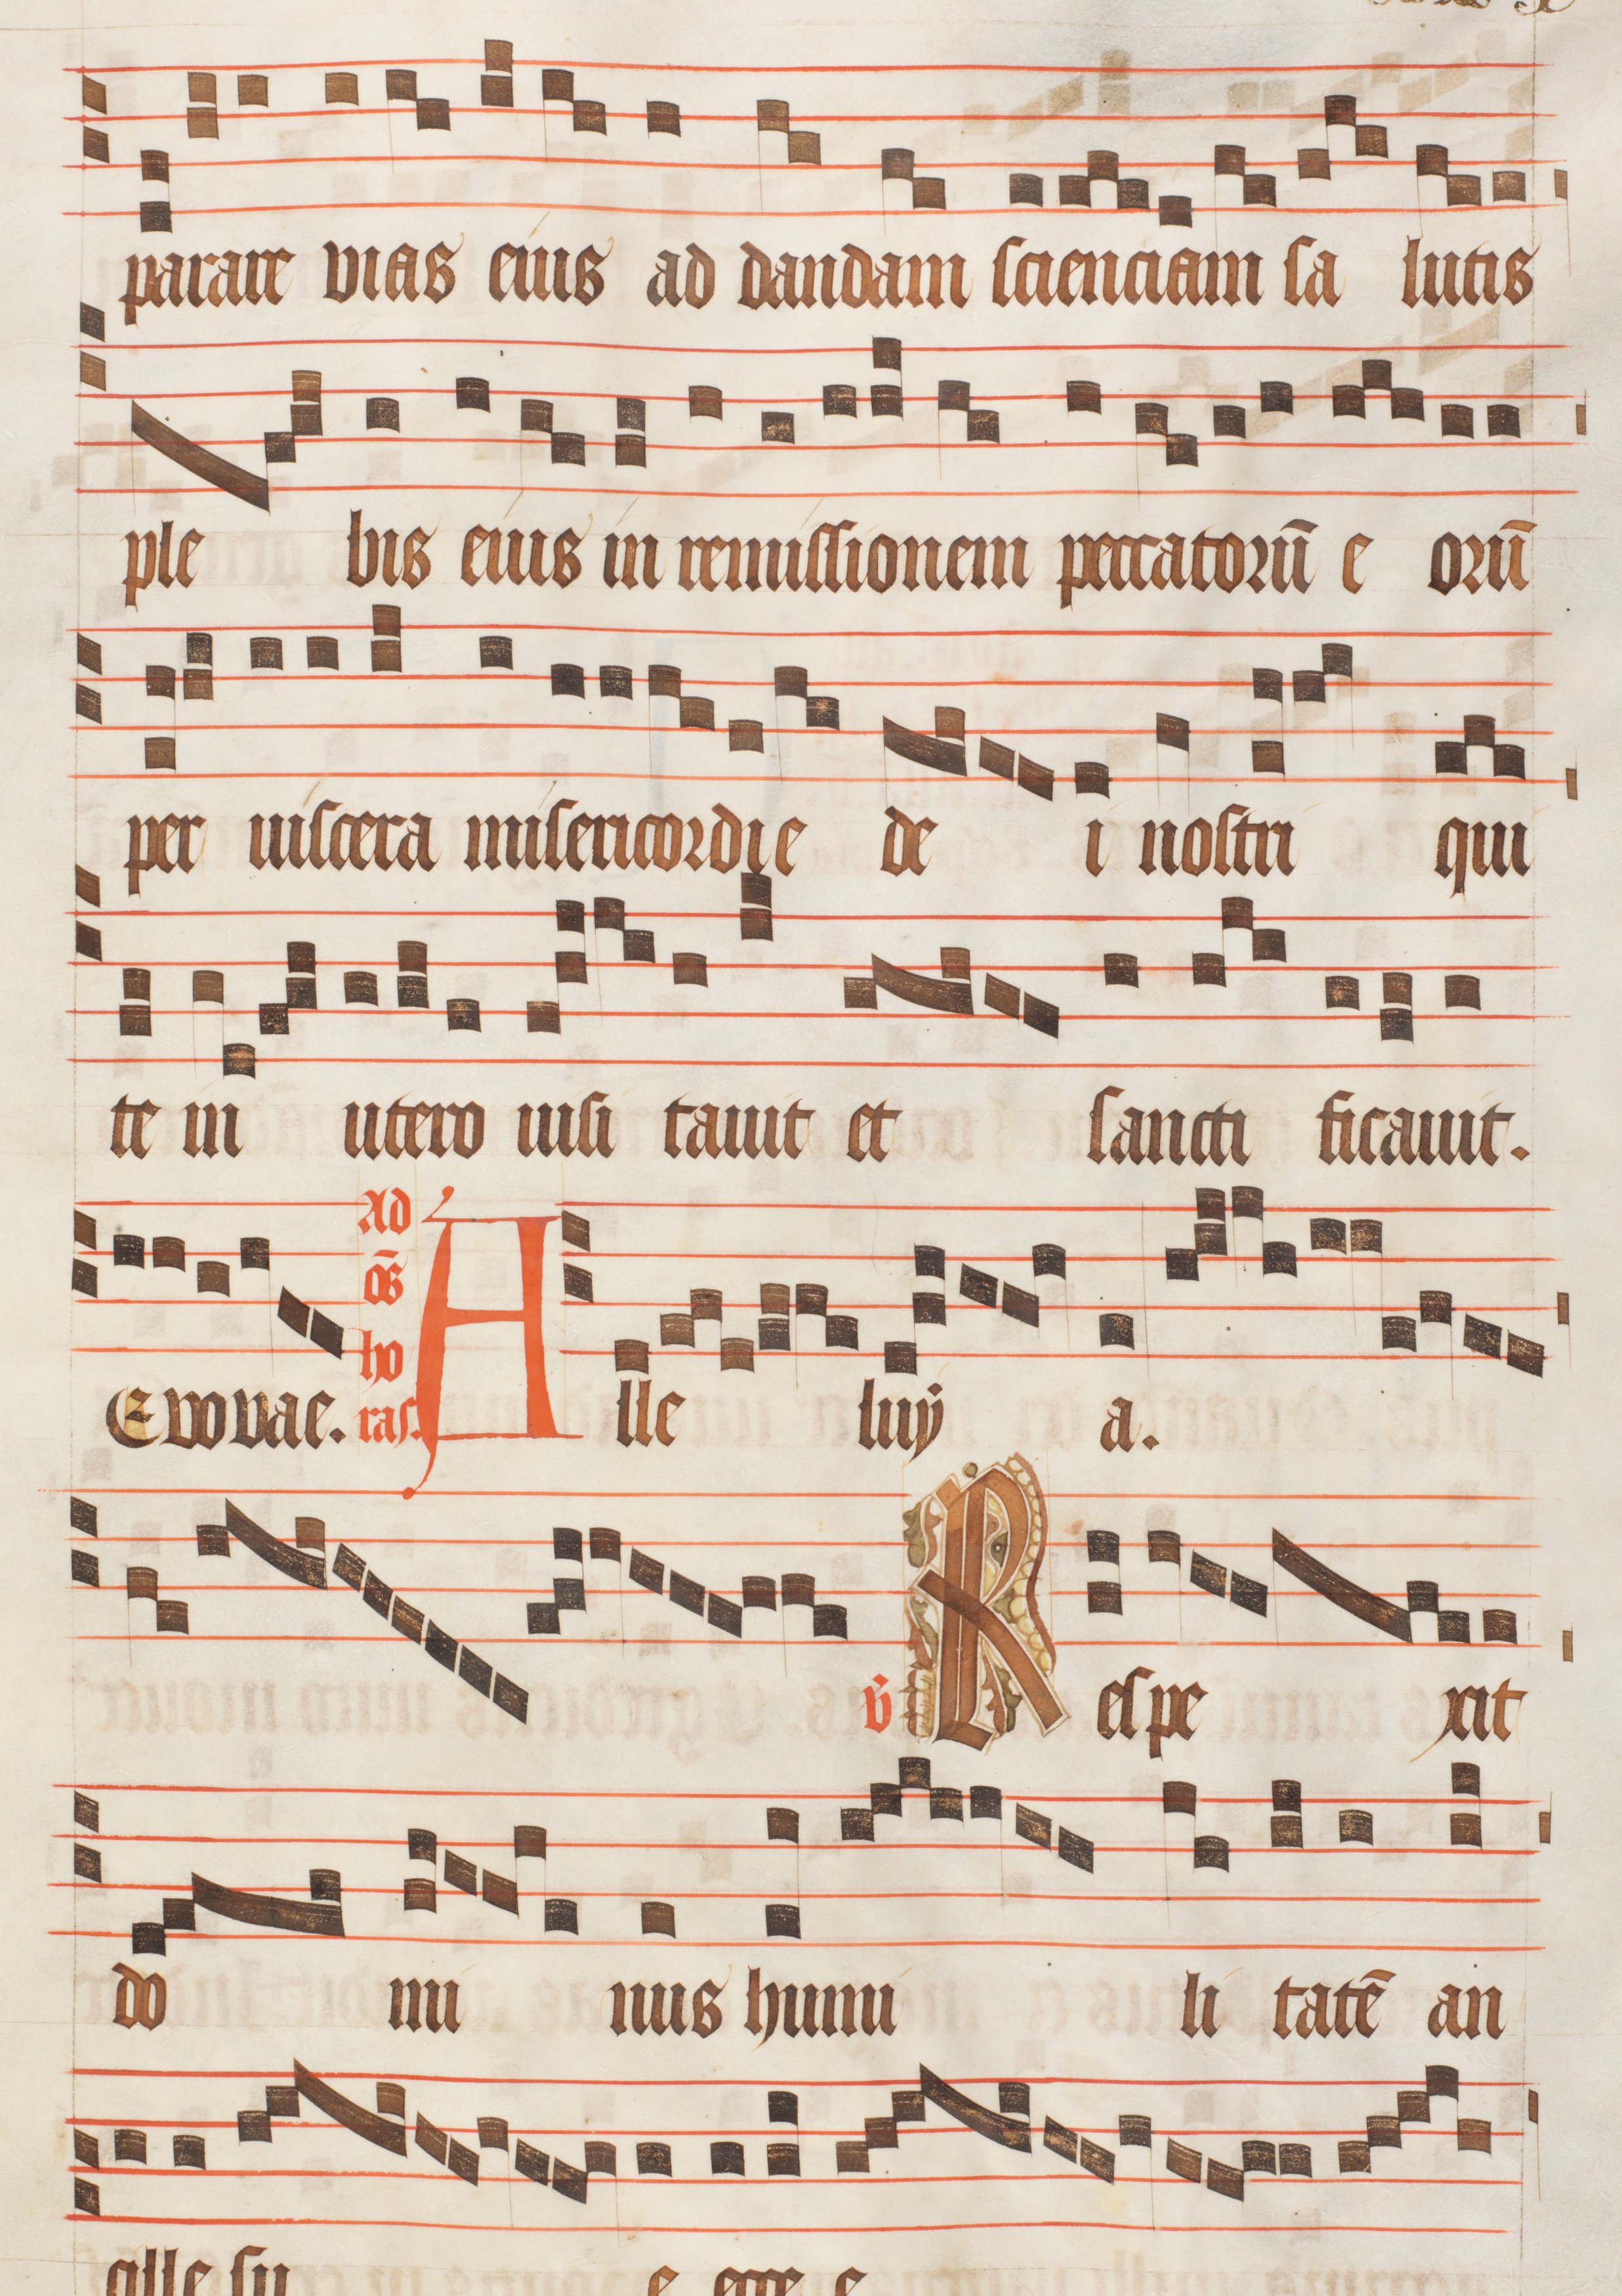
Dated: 1470–1505